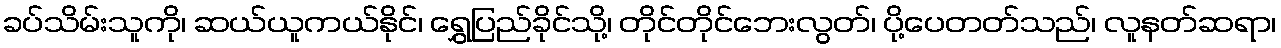
ခပ်သိမ်းသူကို၊ ဆယ်ယူကယ်နိုင်၊ ရွှေပြည်ခိုင်သို့၊ တိုင်တိုင်ဘေးလွတ်၊ ပို့ပေတတ်သည်၊ လူနတ်ဆရာ၊